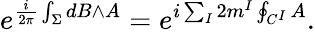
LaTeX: e^{\frac{i}{2\pi}\int_{\Sigma}{dB\wedge A}}=e^{i\sum_{I}2m^{I}\oint_{C^{I}}A}.